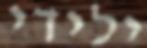
ילידי